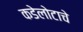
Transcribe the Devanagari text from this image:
कडेलोटाचे